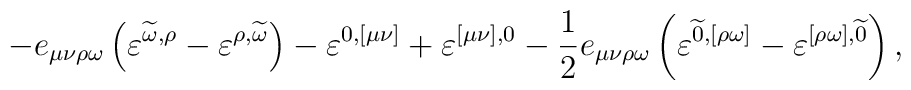
-e_{\mu \nu \rho \omega }\left(\varepsilon ^{\widetilde{\omega},\rho} - \varepsilon ^{\rho,\widetilde{\omega }}\right) -\varepsilon ^{0,[\mu\nu]}+\varepsilon ^{[\mu\nu],0} -\frac{1}{2}e_{\mu\nu\rho\omega}\left(\varepsilon^{\widetilde{0},[\rho\omega]} -\varepsilon^{[\rho\omega],\widetilde{0}}\right) ,